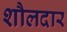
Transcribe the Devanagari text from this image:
शौलदार